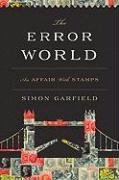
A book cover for The Error World: An Affair with Stamps; Mr. Simon Garfield; Crafts, Hobbies & Home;